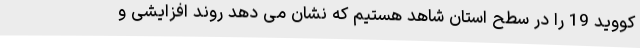
کووید 19 را در سطح استان شاهد هستیم که نشان می دهد روند افزایشی و